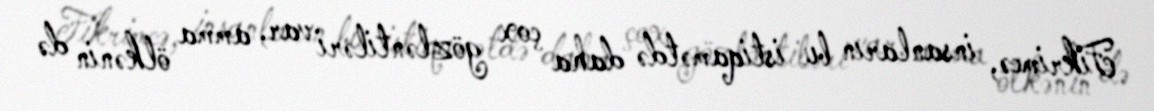
Fikrimcə, insanların bu istiqamətdə daha çox gözləntiləri var, amma ölkənin də